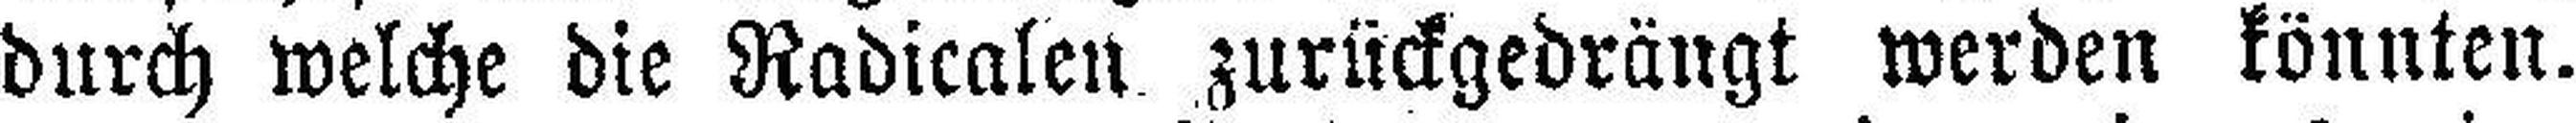
durch welche die Radicalen zurückgedrängt werden könnten.